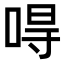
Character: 𠵨